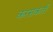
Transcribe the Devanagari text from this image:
करसकती